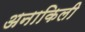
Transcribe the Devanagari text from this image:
अनाकिली